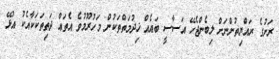
ރަށުގެ ރައްޔިތުންނަށް ލިބެންޖެހޭ އަސާސީ ބައެއް ޚިދުމަތްތަކުން މަހުރޫމުވެ އެތައް ދަތިތަކަކާއެކު އުޅޭ